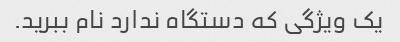
یک ویژگی که دستگاه ندارد نام ببرید.